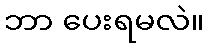
ဘာ ပေးရမလဲ။